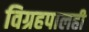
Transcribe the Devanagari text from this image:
विग्रहपालही